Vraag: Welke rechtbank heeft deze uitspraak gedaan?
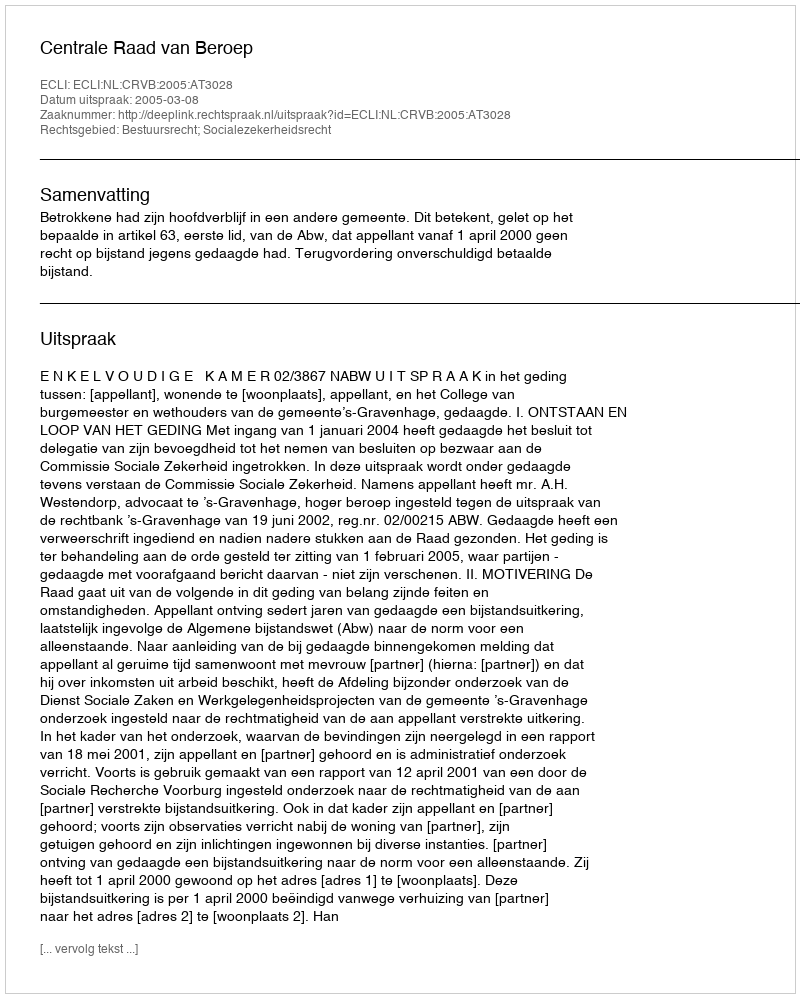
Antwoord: Centrale Raad van Beroep